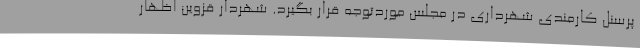
پرسنل کارمندی شهرداری در مجلس موردتوجه قرار بگیرد. شهردار قزوین اظهار